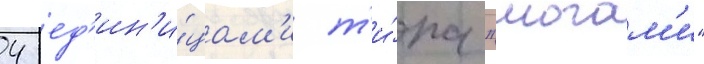
4 ед'ин'и́цам'и т'и́па "могам'и"